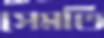
সেমতি